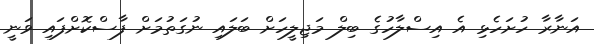
އަނާރާ ހުށަހެޅި އެ އިސްލާހުގެ ބިލް މަޖިލީހަށް ބަލައި ނުގަތުމަށް ފާސްކޮށްފައި ވަނީ